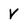
Character: v